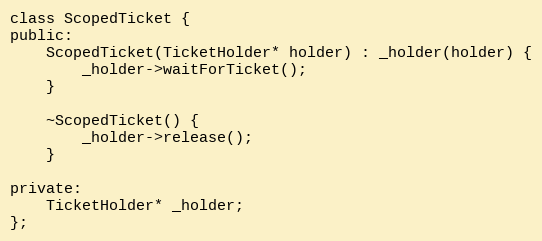
Language: C
class ScopedTicket {
public:
    ScopedTicket(TicketHolder* holder) : _holder(holder) {
        _holder->waitForTicket();
    }

    ~ScopedTicket() {
        _holder->release();
    }

private:
    TicketHolder* _holder;
};